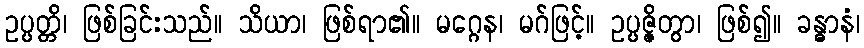
ဥပ္ပတ္တိ၊ ဖြစ်ခြင်းသည်။ သိယာ၊ ဖြစ်ရာ၏။ မဂ္ဂေန၊ မဂ်ဖြင့်။ ဥပ္ပဇ္ဇိတွာ၊ ဖြစ်၍။ ခန္ဓာနံ၊